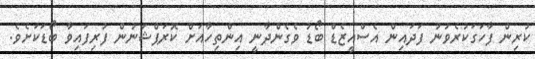
ކުރިން ފާހަގަކުރެވުނު ފަދައިން އެސްއީޒެޑް ބޯޑު ވެގެންދާނީ އިންތިހާއަށް ކޮރަޕްޝަނުން ފުރިފައިވާ ބޯޑަކަށެވެ.